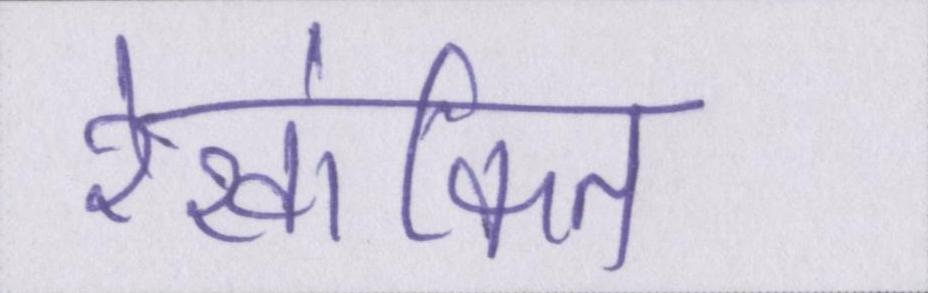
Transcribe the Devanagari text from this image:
रेखांकित